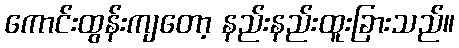
ကောင်းထွန်းကျတော့ နည်းနည်းထူးခြားသည်။